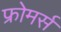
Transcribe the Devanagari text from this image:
फ्रोमर्स